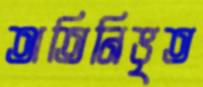
অতিনিভৃত